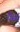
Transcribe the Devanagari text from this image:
पेंथर्स